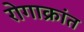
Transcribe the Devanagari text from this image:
रोगाक्रांत